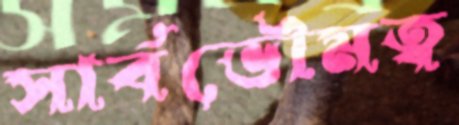
সার্বভৌমত্ব